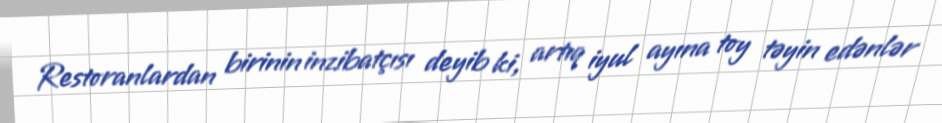
Restoranlardan birinin inzibatçısı deyib ki, artıq iyul ayına toy təyin edənlər